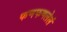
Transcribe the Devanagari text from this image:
फणफणलेलं